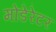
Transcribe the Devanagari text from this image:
मोडेरेटर